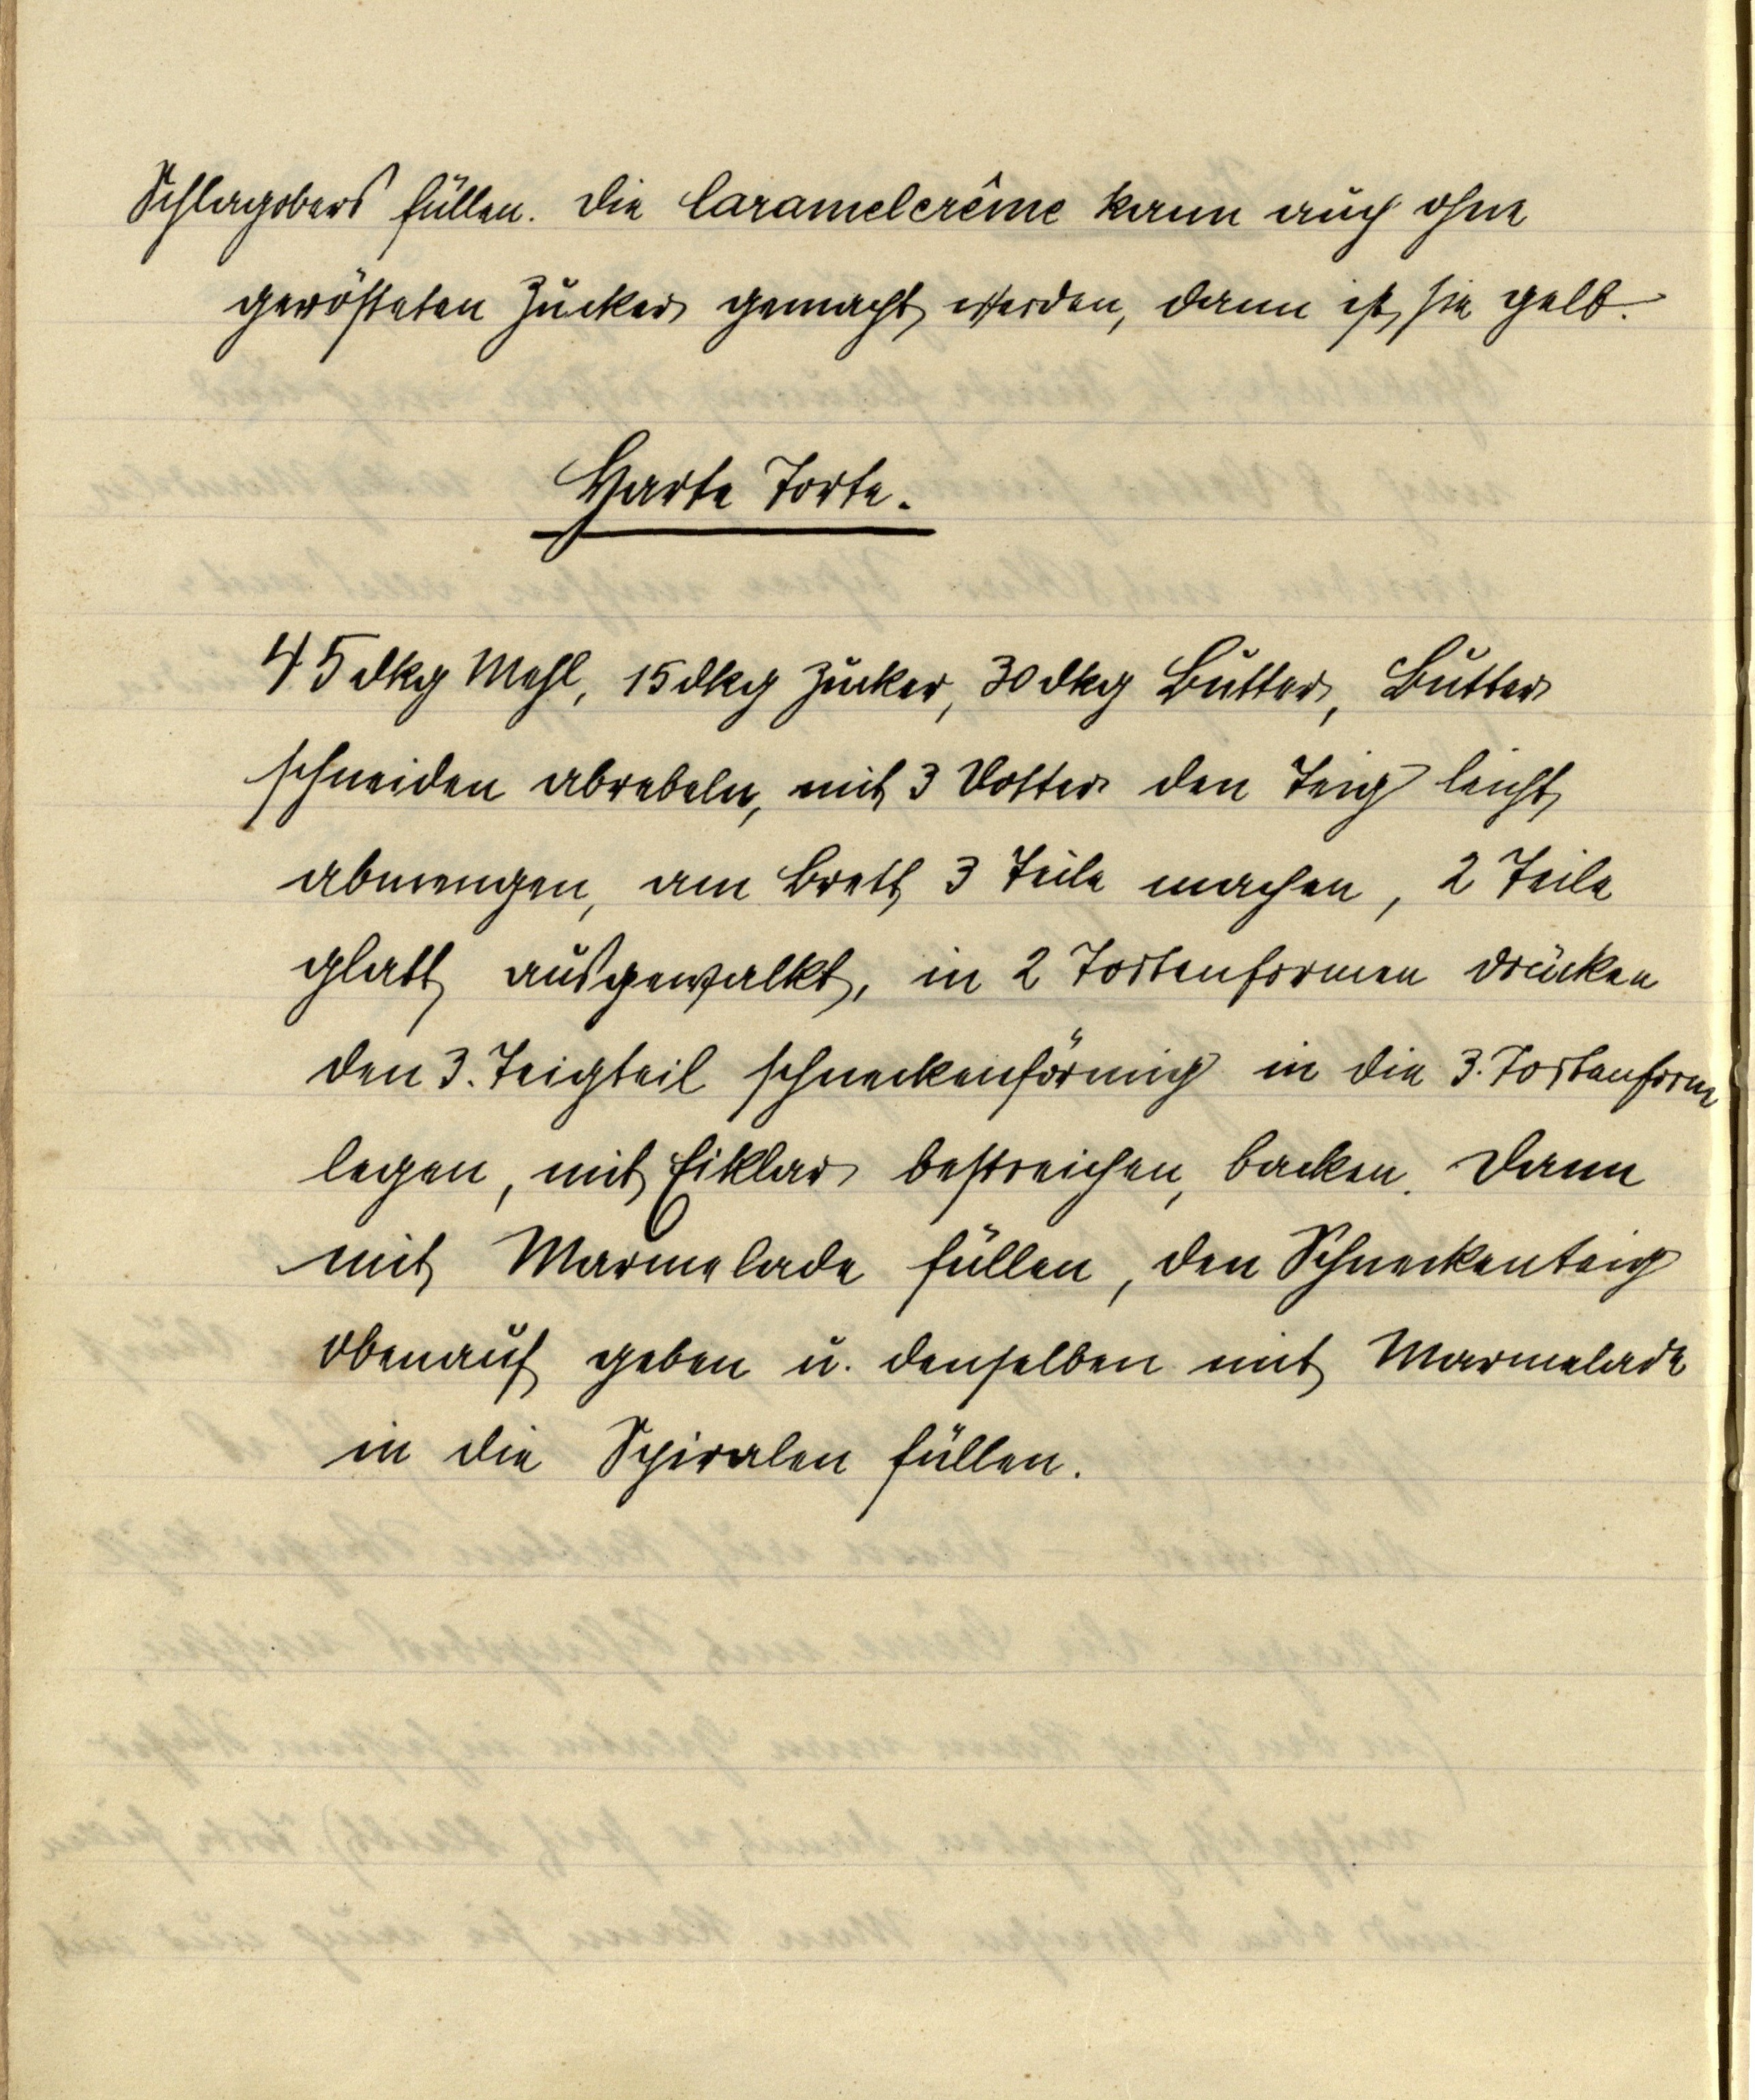
Schlagobers füllen. Die Caramelcrême kann auch ohne
gerösteten Zucker gemacht werden, dann ist sie gelb.

Harte Torte.

45 dkg Mehl, 15 dkg Zucker, 30 dkg Butter, Butter
schneiden abrebeln, mit 3 Dotter den Teig leicht
abmengen, am Brett 3 Teile machen, 2 Teile
glatt ausgewalkt, in 2 Tortenformen drücken
den 3. Teigteil schneckenförmig in die 3. Tortenform
legen, mit Eiklar bestreichen, backen. Dann
mit Marmelade füllen, den Schneckenteig
obenauf geben u. denselben mit Marmelade
in die Spiralen füllen.